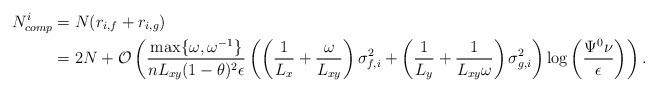
\begin{align*}N_{comp}^i &= N(r_{i, f}+r_{i, g}) \\&= 2N + \mathcal{O}\left( \frac{\max\{\omega, \omega^{-1}\}}{nL_{xy}(1-\theta)^2\epsilon}\left( \left( \frac{1}{L_{x}}+\frac{\omega}{L_{xy}} \right)\sigma_{f, i}^2 + \left( \frac{1}{L_{y}}+\frac{1}{L_{xy}\omega} \right)\sigma_{g, i}^2 \right)\log\left(\frac{\Psi^0\nu}{\epsilon}\right)\right).\end{align*}